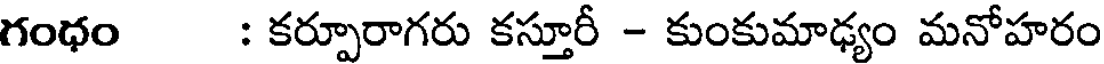
గంధం : కర్పూరాగరు కస్తూరీ - కుంకుమాఢ్యం మనోహరం